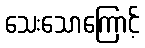
သေးသောကြောင့်